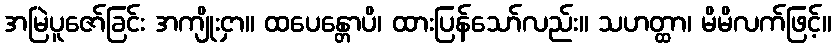
အမြဲပူဇော်ခြင်း အကျိုးငှာ။ ထပေန္တောပိ၊ ထားပြန်သော်လည်း။ သဟတ္ထာ၊ မိမိလက်ဖြင့်။